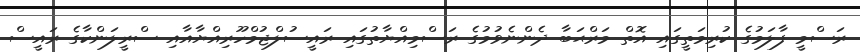
ރަސްމީ ފާލަމުގެ ކުރިމަތީގައި އޮތް މަރްޙަބާ ދެންނެވުމުގެ ރަސްމިއްޔާތުގައި ރައީސުލްޖުމްހޫރިއްޔާއާއި ސްރީލަންކާގެ ރައީސް